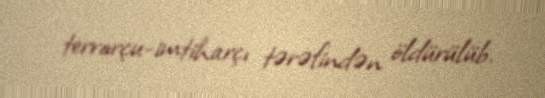
terrorçu-imtiharçı tərəfindən öldürülüb.